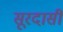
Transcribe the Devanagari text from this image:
सूरदासी